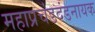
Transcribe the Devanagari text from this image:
महाप्रचंडदंडनायक